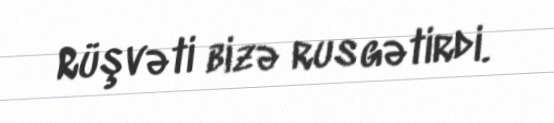
Rüşvəti bizə rus gətirdi.